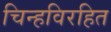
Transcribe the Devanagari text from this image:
चिन्हविरहित